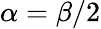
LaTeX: \alpha=\beta/2